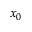
x _ { 0 }